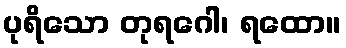
ပုရိသော တုရဂေါ၊ ရထော။